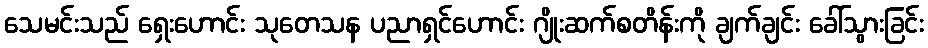
သေမင်းသည် ရှေးဟောင်း သုတေသန ပညာရှင်ဟောင်း ဂျိုးဆက်စတိန်းကို ချက်ချင်း ခေါ်သွားခြင်း